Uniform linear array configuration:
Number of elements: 8
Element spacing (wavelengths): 1
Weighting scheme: hamming
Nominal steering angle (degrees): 15
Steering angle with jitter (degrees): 14.682
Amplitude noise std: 0.05
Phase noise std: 0.05

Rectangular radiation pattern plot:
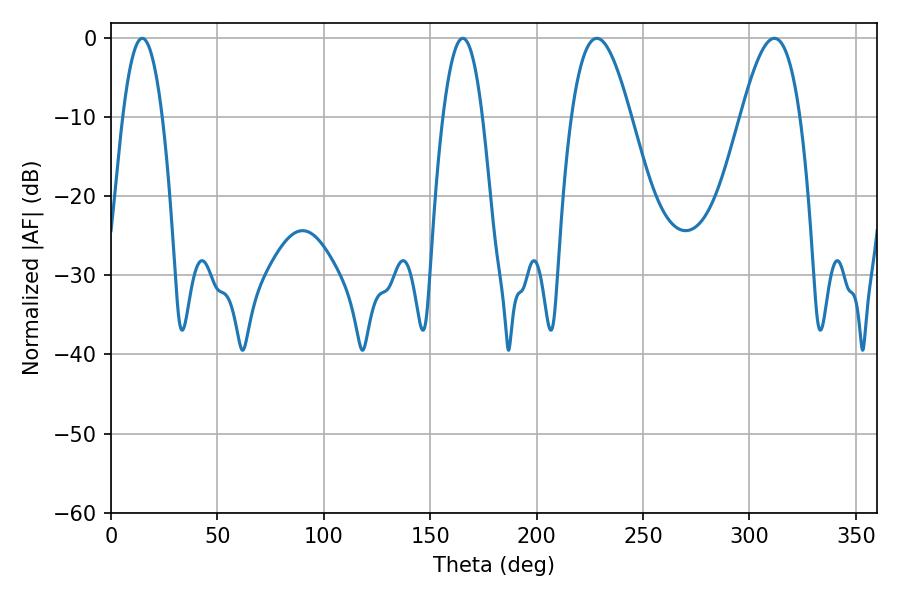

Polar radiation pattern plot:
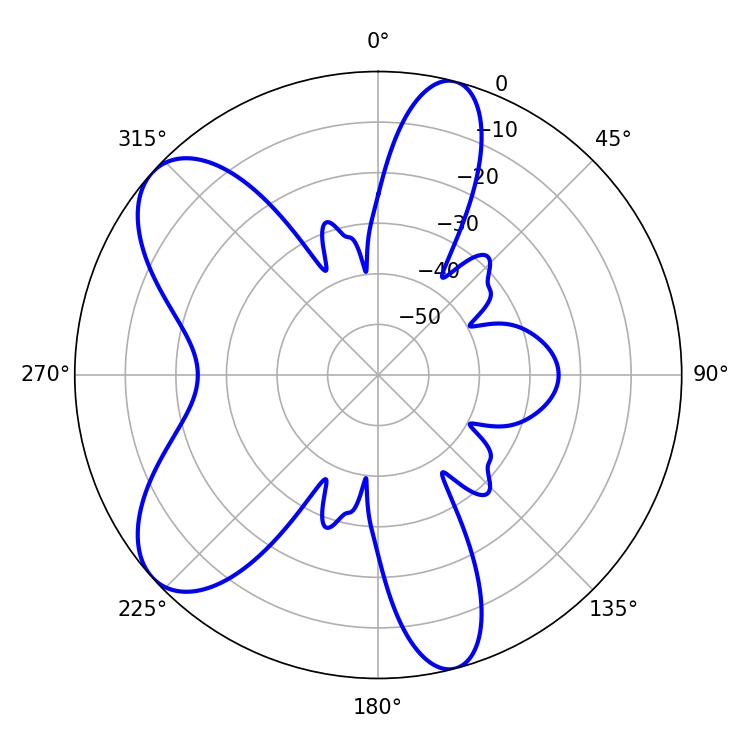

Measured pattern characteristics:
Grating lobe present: TRUE
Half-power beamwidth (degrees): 15.12
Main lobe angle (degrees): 228.24